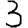
Digit: 3